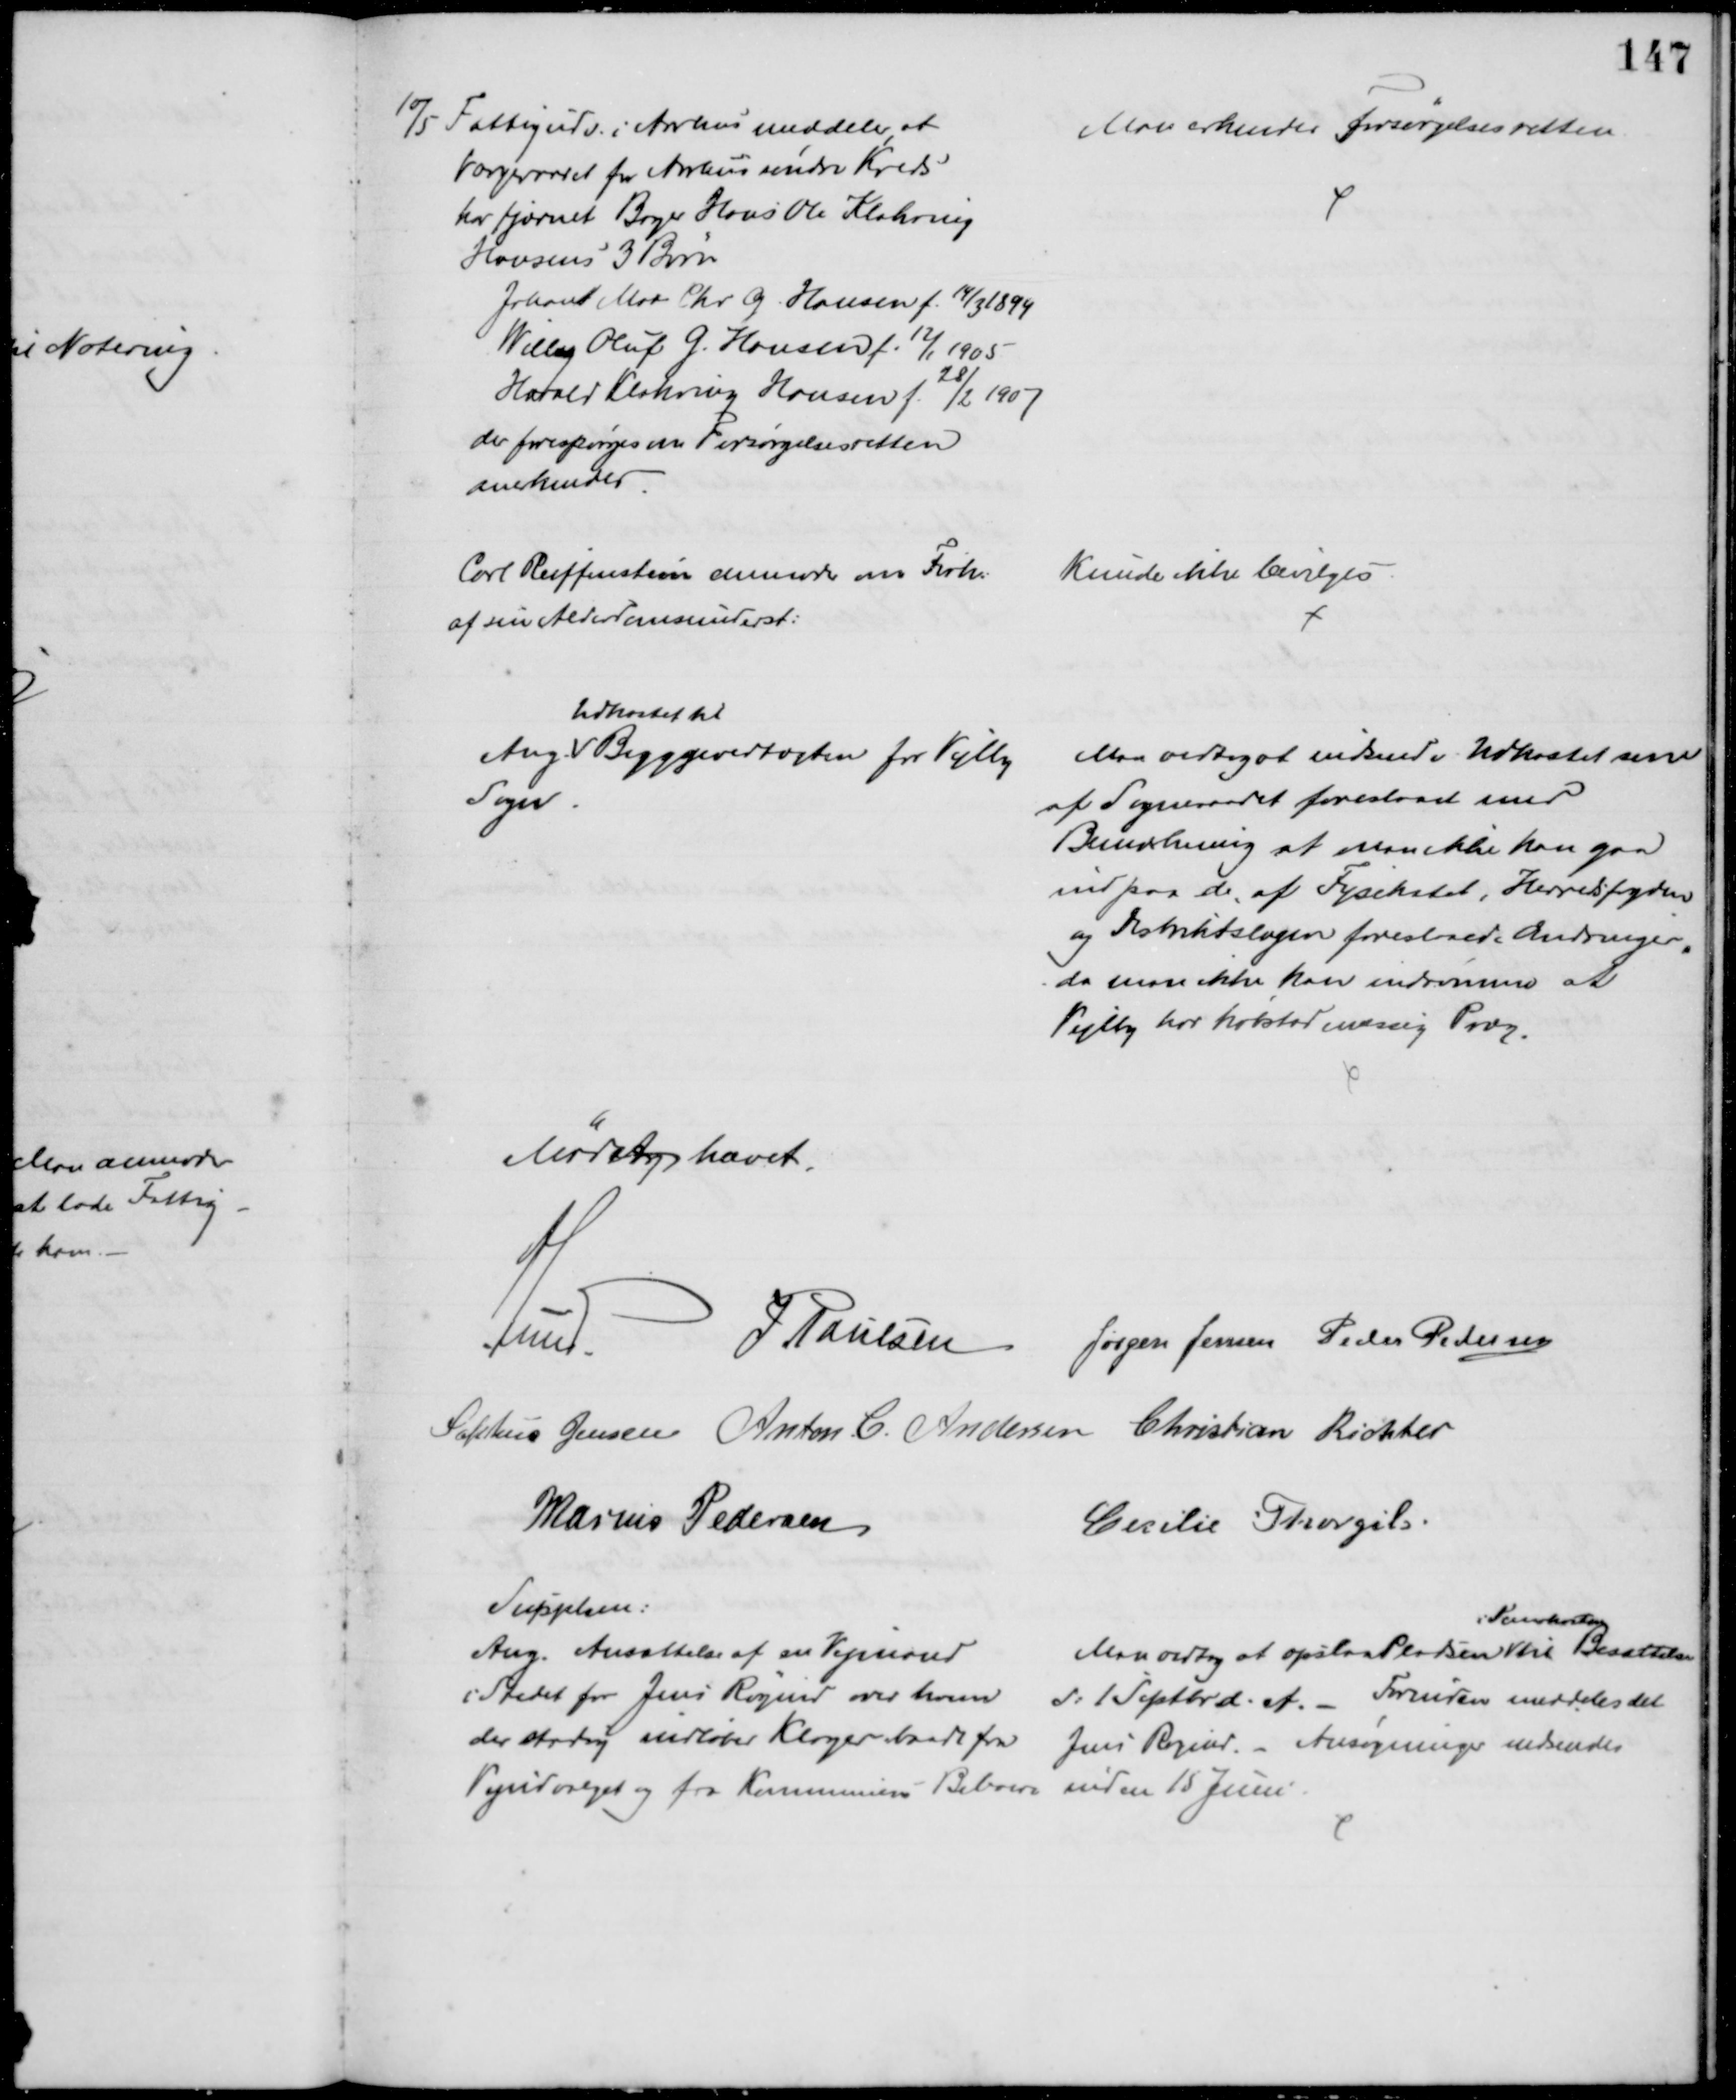
Transskription:
10/5 Fattigudv. i Aarhus meddeler, at
Værgeraadet for Aarhus søndre Kreds
har fjærnet Bager Hans Ole Klakring
Hansens 3 Børn
Johan Max Chr. G. Hansen f. 14/3 1899
Willy Oluf G. Hansen f. 12/1 1905
Harald Klakring Hansen f. 28/2 1907
der forespørges om Forsørgelsesretten
anerkendes
Man erkender Forsørgelsesretten.
Carl Reiffenstein anmoder om Forh:
af sin Alderdomsunderst:
Kunde ikke bevilges.
Ang. 
Udkastet til 
Byggevedtægten for Vejlby
Sogn.
Man vedtog at indsende Udkastet som
af Sogneraadet foreslaaet med
Bemærkning at man ikke kan gaa
ind paa de af Fysikatet, Herredsfogden
og Distriktslægen foreslaaede Ændringer,
da man ikke kan indrømme at 
Vejlby har købstadmæssig Præg.
Mødet hævet.
A. Lund J. Poulsen Jørgen Jensen Peder Pedersen
Sophus Jensen Anton. C. Andersen Christian Richter
Marius Pedersen
Cecilie Thorgils.
Supplem:
Ang. Ansættelse af en Vejmand
i Stedet for Jens Røgind over hvem
der stadig indløber Klager baade fra
Vejudvalget og fra Kommunens Beboere 
Man vedtog at opslaa Pladsen 
i Demokraten
til Besættelse
d: 1 Septbr. d. A. - Forinden meddeles det
Jens Røgind. - Ansøgninger indsendes
inden 15 Juni